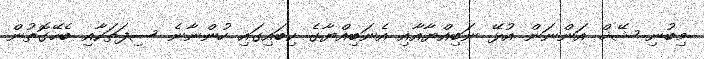
މިބުނި ޝޭޚް އަންނަން އުޅޭ ނަބިއްޔާއާއި އެނަބިއްޔާގެ ކިބައިގައި ހުންނާނެ ސިފަތަކާއި ބެހޭގޮތުން